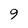
Character: 9